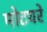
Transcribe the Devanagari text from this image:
मोटघरे